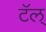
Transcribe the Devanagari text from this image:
टॅल्